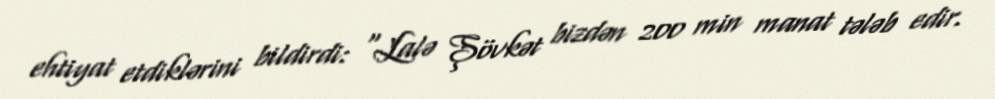
ehtiyat etdiklərini bildirdi: “Lalə Şövkət bizdən 200 min manat tələb edir.